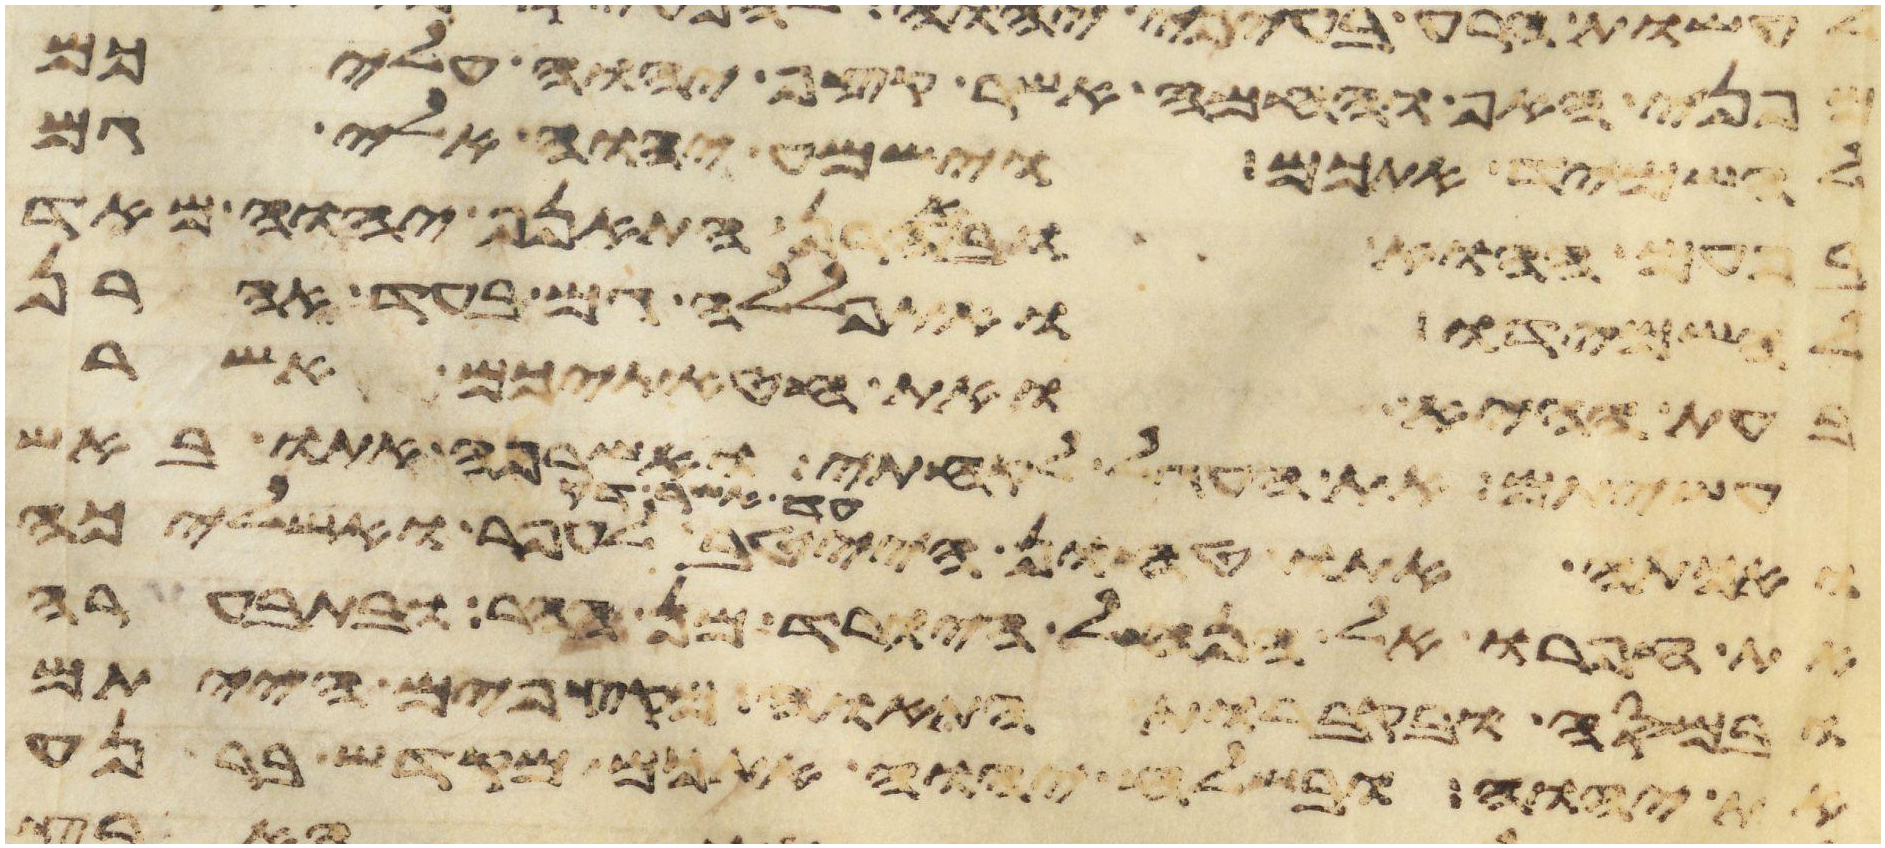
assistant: מפני האף והחמה אשר קצף יהוה עליכם
להשמיד אתכם וישמע יהוה אלי גם
בפעם ההוא ובאהרן התאנף יהוה מאד
להשמידו ואתפללה גם בעד אהרן
בעת ההיא ואת חטאתיכם אשר
עשיתם את העגל לקחתי ואשרפה אתו באש
ואכתה אתו טחון הייטב עד אשר דק לעפר ואשליכה
את עפרו אל הנחל היורד מן ההר ובתבערה
ובמסה ובקברות התאוה מקצפים הייתם
את יהוה ובשלח יהוה אתכם מקדש ברנע